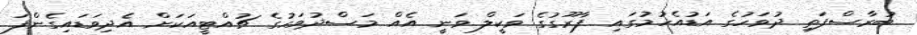
ބުރާސްފަތި ދުވަހުގެ އަޑުއެހުމުގައި ފާރޫގުގެ ވަކީލް ވަނީ އެއް މަސްދުވަހުގެ ޗުއްޓީއަކަށް އެދިވަޑައިގެންފަ